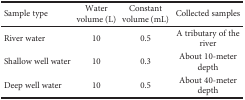
<table><thead><tr><td><b>Sample type</b></td><td><b>Water volume (L)</b></td><td><b>Constant volume (mL)</b></td><td><b>Collected samples</b></td></tr></thead><tbody><tr><td>River water</td><td>10</td><td>0.5</td><td>A tributary of the river</td></tr><tr><td>Shallow well water</td><td>10</td><td>0.3</td><td>About 10-meter depth</td></tr><tr><td>Deep well water</td><td>10</td><td>0.5</td><td>About 40-meter depth</td></tr></tbody></table>